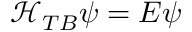
\mathcal { H } _ { T B } \psi = E \psi